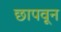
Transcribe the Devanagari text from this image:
छापवून